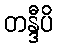
တန္ဒီပိ